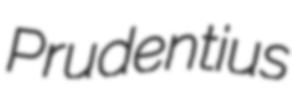
Prudentius